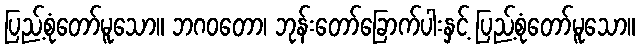
ပြည့်စုံတော်မူသော။ ဘဂဝတော၊ ဘုန်းတော်ခြောက်ပါးနှင့် ပြည့်စုံတော်မူသော။